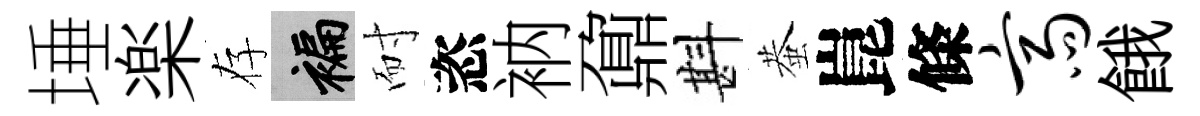
埵楽存褊耐恣衲鼐斟蛬崑條斋餓